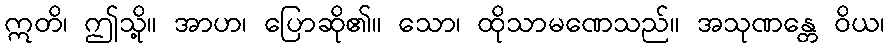
ဣတိ၊ ဤသို့။ အာဟ၊ ပြောဆို၏။ သော၊ ထိုသာမဏေသည်။ အသုဏန္တေ ဝိယ၊